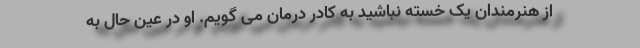
از هنرمندان یک خسته نباشید به کادر درمان می گویم. او در عین حال به